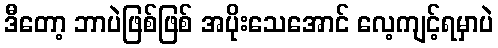
ဒီတော့ ဘာပဲဖြစ်ဖြစ် အပိုးသေအောင် လေ့ကျင့်ရမှာပဲ